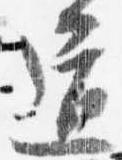
道